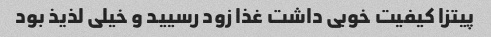
پیتزا کیفیت خوبی داشت غذا زود رسیید و خیلی لذیذ بود